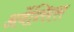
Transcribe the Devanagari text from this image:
अर्वेन्सिस